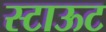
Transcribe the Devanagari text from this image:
स्टाऊट